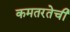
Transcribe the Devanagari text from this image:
कमतरतेची